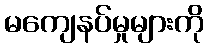
မကျေနပ်မှုများကို